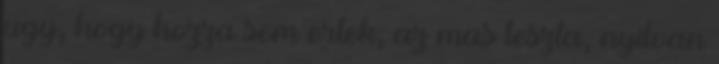
ugy, hogy hozza sem ertek, az mas teszta, nyilvan